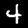
Digit: 4